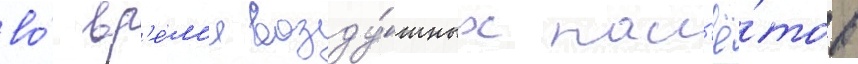
во́ вр'е́м'я возду́шных нал'ё́тов